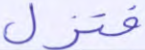
فتزل